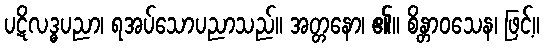
ပဋိလဒ္ဓပညာ၊ ရအပ်သောပညာသည်။ အတ္တနော၊ ၏။ စိန္တာဝသေန၊ ဖြင့်။